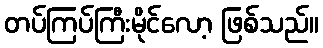
တပ်ကြပ်ကြီးမိုင်လော့ ဖြစ်သည်။